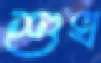
শুখ